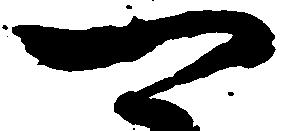
可